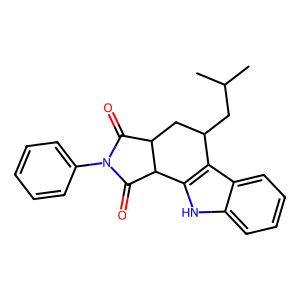
SMILES: CC(C)CC1CC2C(=O)N(c3ccccc3)C(=O)C2c2[nH]c3ccccc3c21
Inhibits HIV replication: No